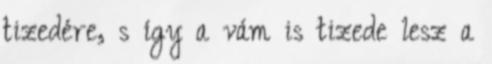
tizedére, s így a vám is tizede lesz a